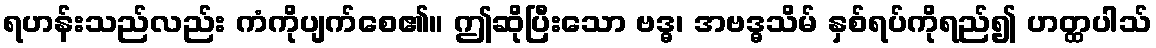
ရဟန်းသည်လည်း ကံကိုပျက်စေ၏။ ဤဆိုပြီးသော ဗဒ္ဓ၊ အဗဒ္ဓသိမ် နှစ်ရပ်ကိုရည်၍ ဟတ္ထပါသ်